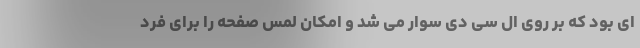
ای بود که بر روی ال سی دی سوار می شد و امکان لمس صفحه را برای فرد